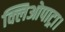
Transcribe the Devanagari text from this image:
क्लिओपाट्रा।